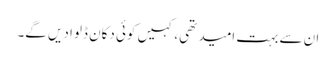
ان سے بہت امید تھی، کہیں کوئی دکان ڈلوا دیں گے۔